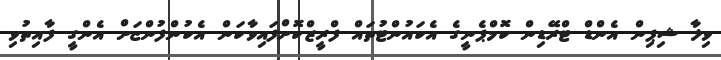
ވިލާ ޝިޕިން އެންޑް ޓްރޭޑިން ކޮމްޕެނީގެ އެކައުންޓުތައް ފްރީޒްކޮށްފައިވާކަން އެކުންފުންޏަށް އެންގީ ފާއިތުވި